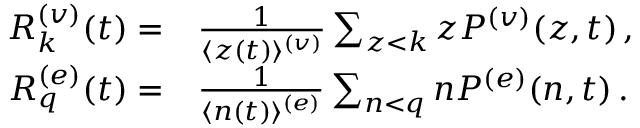
\begin{array} { r } { \begin{array} { r l } { R _ { k } ^ { ( v ) } ( t ) = } & { { } \frac { 1 } { \langle z ( t ) \rangle ^ { ( v ) } } \sum _ { z < k } z P ^ { ( v ) } ( z , t ) \, , } \\ { R _ { q } ^ { ( e ) } ( t ) = } & { { } \frac { 1 } { \langle n ( t ) \rangle ^ { ( e ) } } \sum _ { n < q } n P ^ { ( e ) } ( n , t ) \, . } \end{array} } \end{array}